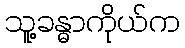
သူ့ခန္ဓာကိုယ်က